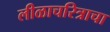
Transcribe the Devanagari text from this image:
लीळाचरित्राचा